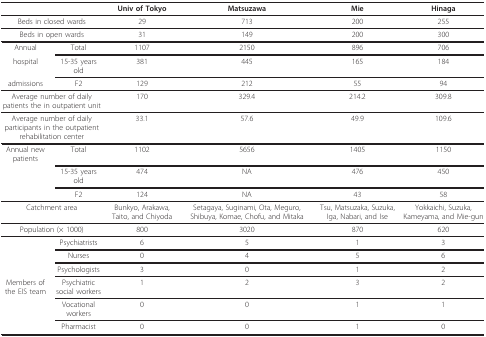
| <COLSPAN=2>  | Univ of Tokyo | Matsuzawa | Mie | Hinaga |
 | --- | --- | --- | --- | --- | --- |
 | <COLSPAN=2> Beds in closed wards | 29 | 713 | 200 | 255 |
 | <COLSPAN=2> Beds in open wards | 31 | 149 | 200 | 300 |
 | Annual | Total | 1107 | 2150 | 896 | 706 |
 | hospital | 15-35 years old | 381 | 445 | 165 | 184 |
 | admissions | F2 | 129 | 212 | 55 | 94 |
 | <COLSPAN=2> Average number of daily patients the in outpatient unit | 170 | 329.4 | 214.2 | 309.8 |
 | <COLSPAN=2> Average number of daily participants in the outpatient rehabilitation center | 33.1 | 57.6 | 49.9 | 109.6 |
 | Annual new patients | Total | 1102 | 5656 | 1405 | 1150 |
 |  | 15-35 years old | 474 | NA | 476 | 450 |
 |  | F2 | 124 | NA | 43 | 58 |
 | <COLSPAN=2> Catchment area | Bunkyo, Arakawa, Taito, and Chiyoda | Setagaya, Suginami, Ota, Meguro, Shibuya, Komae, Chofu, and Mitaka | Tsu, Matsuzaka, Suzuka, Iga, Nabari, and Ise | Yokkaichi, Suzuka, Kameyama, and Mie-gun |
 | <COLSPAN=2> Population (× 1000) | 800 | 3020 | 870 | 620 |
 |  | Psychiatrists | 6 | 5 | 1 | 3 |
 |  | Nurses | 0 | 4 | 5 | 6 |
 |  | Psychologists | 3 | 0 | 1 | 2 |
 | Members of the EIS team | Psychiatric social workers | 1 | 2 | 3 | 2 |
 |  | Vocational workers | 0 | 0 | 1 | 1 |
 |  | Pharmacist | 0 | 0 | 1 | 0 |